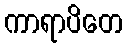
ကာရာပိတေ